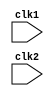
`timescale 1ns / 10ps

module MIPS32(
    input clk1, clk2
);

reg [31:0] PC, IF_ID_IR, IF_ID_NPC;
reg [31:0] ID_EX_IR, ID_EX_NPC, ID_EX_A, ID_EX_B, ID_EX_Imm;
reg [2:0]  ID_EX_type, EX_MEM_type, MEM_WB_type;
reg [31:0] EX_MEM_IR, EX_MEM_ALUOut, EX_MEM_B;
reg        EX_MEM_cond;
reg [31:0] MEM_WB_IR, MEM_WB_ALUOut, MEM_WB_LMD;

reg [31:0] Reg [0:31]; // Register bank (32 X 32)
reg [31:0] Mem [0:1023]; // Memory (1024 X 32)

localparam ADD = 6'b000_000, SUB = 6'b000_001, AND = 6'b000_010,
           OR  = 6'b000_011, SLT = 6'b000_100, MUL = 6'b000_101,
           HLT = 6'b111_111, LW  = 6'b001_000, SW  = 6'b001_001,
           ADDI = 6'b001_010, SUBI = 6'b001_011, SLTI = 6'b001_100,
           BNEQZ = 6'b001_101, BEQZ = 6'b001_110;

localparam RR_ALU = 3'b000, RM_ALU = 3'b001, LOAD = 3'b010,
           STORE = 3'b011, BRANCH = 3'b100, HALT = 3'b101;

reg HALTED; // Set after HTL instruction is completed in WB stage
reg TAKEN_BRANCH; // Required to disable instructions after branch

always @(posedge clk1) begin // IF stage
    if (HALTED == 0) begin
        if (((EX_MEM_IR[31:26] == BEQZ) && (EX_MEM_cond == 1)) ||
            ((EX_MEM_IR[31:26] == BNEQZ) && (EX_MEM_cond == 0))) begin
            IF_ID_IR     <= #2 Mem[EX_MEM_ALUOut];
            TAKEN_BRANCH <= #2 1'b1;
            IF_ID_NPC    <= #2 EX_MEM_ALUOut + 1;
            PC           <= #2 EX_MEM_ALUOut + 1;
        end
        else begin
            IF_ID_IR  <= #2 Mem[PC];
            IF_ID_NPC <= #2 PC + 1;
            PC        <= #2 PC + 1;
        end
    end
end

always @(posedge clk2) begin // ID stage
    if (HALTED == 0) begin
        if (IF_ID_IR[25:21] == 5'b00000) ID_EX_A <= 0;
        else ID_EX_A <= #2 Reg[IF_ID_IR[25:21]]; // RS

        if (IF_ID_IR[20:16] == 5'b00000) ID_EX_B <= 0;
        else ID_EX_B <= #2 Reg[IF_ID_IR[20:16]]; // RT

        ID_EX_NPC <= #2 IF_ID_NPC;
        ID_EX_IR  <= #2 IF_ID_IR;
        ID_EX_Imm <= #2 {{16{IF_ID_IR[15]}}, {IF_ID_IR[15:0]}};

        case (IF_ID_IR[31:26])
            ADD, SUB, AND, OR, SLT, MUL: ID_EX_type <= #2 RR_ALU;
            ADDI, SUBI, SLTI:            ID_EX_type <= #2 RM_ALU;
            LW:                          ID_EX_type <= #2 LOAD;
            SW:                          ID_EX_type <= #2 STORE;
            BEQZ, BNEQZ:                 ID_EX_type <= #2 BRANCH;
            HLT:                         ID_EX_type <= #2 HALT;
            default:                     ID_EX_type <= #2 HALT;
        endcase
    end
end

always @(posedge clk1) begin // EX stage
    if (HALTED == 0) begin
        EX_MEM_type <= #2 ID_EX_type;
        EX_MEM_IR   <= #2 ID_EX_IR;
        TAKEN_BRANCH <= #2 1'b0;

        case (ID_EX_type)
            RR_ALU: begin
                case (ID_EX_IR[31:26]) // opcode
                    ADD:     EX_MEM_ALUOut <= #2 ID_EX_A + ID_EX_B;
                    SUB:     EX_MEM_ALUOut <= #2 ID_EX_A - ID_EX_B;
                    AND:     EX_MEM_ALUOut <= #2 ID_EX_A & ID_EX_B;
                    OR:      EX_MEM_ALUOut <= #2 ID_EX_A | ID_EX_B;
                    SLT:     EX_MEM_ALUOut <= #2 ID_EX_A < ID_EX_B;
                    MUL:     EX_MEM_ALUOut <= #2 ID_EX_A * ID_EX_B;
                    default: EX_MEM_ALUOut <= #2 32'hxxxxxxxx;
                endcase
            end
            RM_ALU: begin
                case (ID_EX_IR[31:26]) // opcode
                    ADDI:    EX_MEM_ALUOut <= #2 ID_EX_A + ID_EX_Imm;
                    SUBI:    EX_MEM_ALUOut <= #2 ID_EX_A - ID_EX_Imm;
                    SLTI:    EX_MEM_ALUOut <= #2 ID_EX_A < ID_EX_Imm;
                    default: EX_MEM_ALUOut <= #2 32'hxxxxxxxx;
                endcase
            end
            LOAD, STORE: begin
                EX_MEM_ALUOut <= #2 ID_EX_A + ID_EX_Imm;
                EX_MEM_B      <= #2 ID_EX_B;
            end
            BRANCH: begin
                EX_MEM_ALUOut <= #2 ID_EX_NPC + ID_EX_Imm;
                EX_MEM_cond   <= #2 (ID_EX_A == 0);
            end
        endcase
    end
end

always @(posedge clk2) begin // Mem stage
    if (HALTED == 0) begin
        MEM_WB_type <= #2 EX_MEM_type;
        MEM_WB_IR   <= #2 EX_MEM_IR;

        case (EX_MEM_type)
            RR_ALU, RM_ALU: MEM_WB_ALUOut <= #2 EX_MEM_ALUOut;
            LOAD:           MEM_WB_LMD    <= #2 Mem[EX_MEM_ALUOut];
            STORE: if (TAKEN_BRANCH == 0) // Enable write
                        Mem[EX_MEM_ALUOut] <= #2 EX_MEM_B;
        endcase
    end
end

always @(posedge clk1) begin // WB stage
    if (TAKEN_BRANCH == 0) begin
        case (MEM_WB_type)
            RR_ALU: Reg[MEM_WB_IR[15:11]] <= #2 MEM_WB_ALUOut; // RD
            RM_ALU: Reg[MEM_WB_IR[20:16]] <= #2 MEM_WB_ALUOut; // RT
            LOAD:   Reg[MEM_WB_IR[20:16]] <= #2 MEM_WB_LMD;    // RT
            HALT:   HALTED <= #2 1'b1;
        endcase
    end
end
endmodule